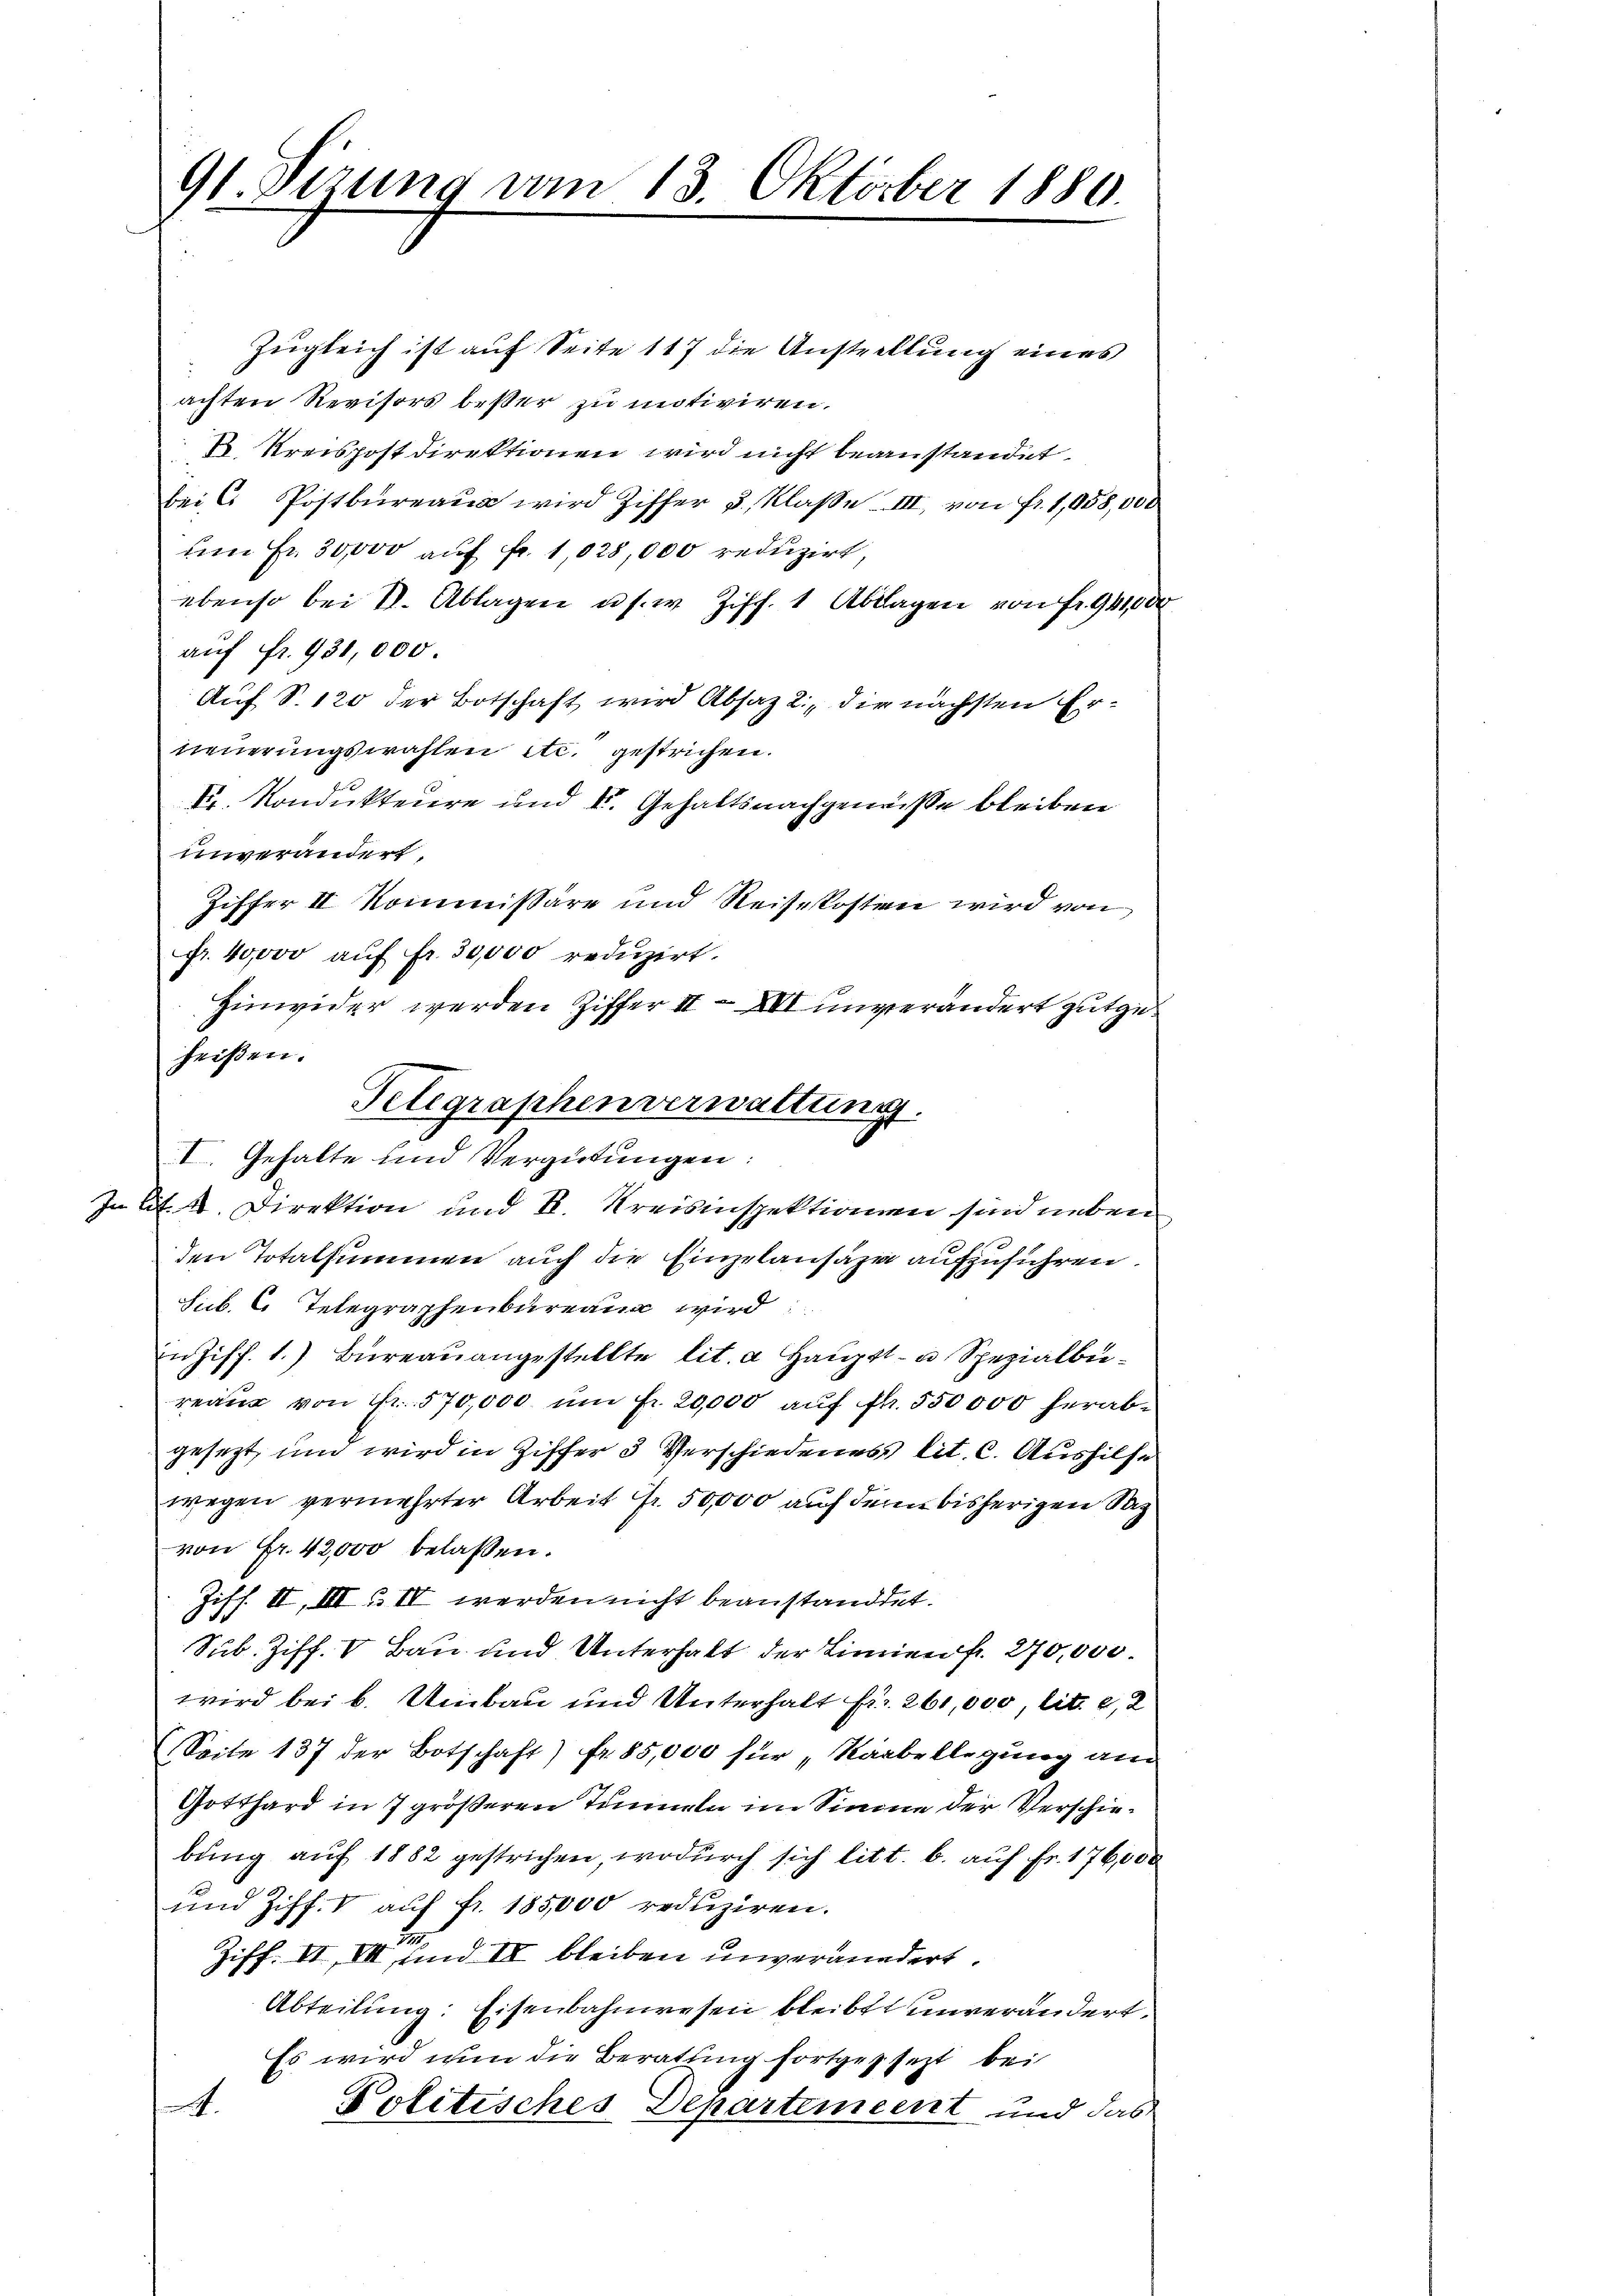
91. Sirung vom 13. Oktober 1880.

Zugleich ist auf Seite 117 die Anstellung eines
achten Revisors besser zu motiviren.
1 Kreispostdirektionen wird nicht beanstandet.
bei C. Postbureau wird Ziffer 3 Klasse III, von Fr. 1,958,000
um Fr. 30,000 auf fr. 1,028,000 reduzirt,
ebenso bei St. Ablagen u. s. w. Ziff. 1 Ablagen von Fr. 941,000
auf fr. 931,000
Auf S. 120 der Botschaft wird Absatz 2., die nächsten Erneuerungswahlen etc. gestrichen.
Dr. Kondukteure und V. Gehaltsnachgemeiße bleiben
unverändert.
Ziffer II Kommissäre und Reisekosten wird von
Fr. 40000 auf Fr. 30,000 reduzirt.
Hinwider werden Ziffer II XVI unverändert gutgeheißen.
den Totalsummen auch die Einzelausage aufzuführen.
Sub. 2. Telegraphenbureaux wird
n Ziff. 1. Büreaŭangestellte lit. a Hauptt- u Spezialbiereau von Fr. 570,000. ŭm fr. 20,000 auf fl. 550000 herabgesezt, und wird in Ziffer 3 Verschiedenes lit. C. Aushilfe
wegen vermehrter Arbeit fr. 50,000 auf denn bisherigen Sa
von Fr. 42,000 belassen.
Ziff. II, III & IV werden nicht beanstandtet.
.
Sub. Ziff. V Bau und Unterhalt der Linien fr. 270,000.
wird bei b. Umbau und Unterhalt fr. 261,000, lit. e, 2
(Seite 137 der Botschaft) fr. 85,000 für „Kaabellegung am
Gotthard in 7 größeren Tunneln im Sinne der Verschiebŭng auf 1882 gestrichen, wodurch sich litt. b. auf Fr. 176,000
und Ziff. V auf fr. 185,000 reduziren.
.
Ziff. II, III und IV bleiben unverändert.
Abteilung: Eisenbahnwesen bleibt unverändert.
Es wird nun die Beratung fortgesezt bei
A.
Politisches Departement und das

Telegraphenverwaltung
I. Gehalte und Vergütungen:
In lit. 4. Direktion und k. Kreisinspektionen sind neben